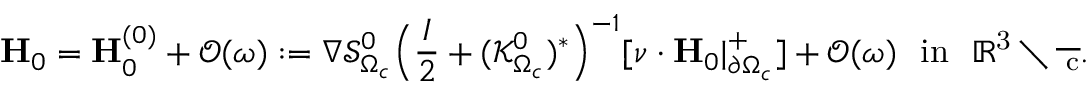
\mathbf { H } _ { 0 } = \mathbf { H } _ { 0 } ^ { ( 0 ) } + \mathcal { O } ( \omega ) : = \nabla \mathcal { S } _ { \Omega _ { c } } ^ { 0 } \Big ( \frac { I } { 2 } + ( \mathcal { K } _ { \Omega _ { c } } ^ { 0 } ) ^ { * } \Big ) ^ { - 1 } [ \nu \cdot \mathbf { H } _ { 0 } | _ { \partial \Omega _ { c } } ^ { + } ] + \mathcal { O } ( \omega ) \ \ \mathrm { { i n } \ \ \mathbb { R } ^ { 3 } \setminus \overline { { \Omega _ { c } } } . }